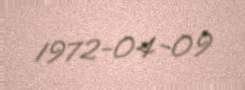
1972-04-09